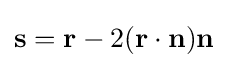
\mathbf {s} =\mathbf {r} -2(\mathbf {r} \cdot \mathbf {n} )\mathbf {n}